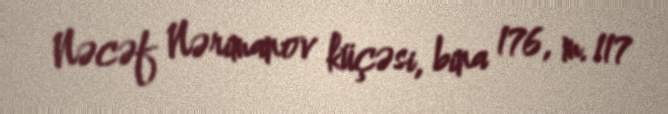
Nəcəf Nərimanov küçəsi, bina 176, m. 117